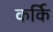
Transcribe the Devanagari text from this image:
कर्कि